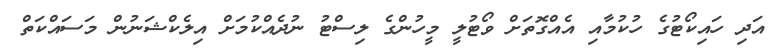
އަދި ހައިކޯޓުގެ ހުކުމާއި އެއްގޮތަށް ވޯޓުލީ މީހުންގެ ލިސްޓު ނުދެއްކުމަށް އިލެކްޝަނުން މަސައްކަތް